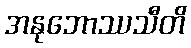
အနုဘောဿသီတိ